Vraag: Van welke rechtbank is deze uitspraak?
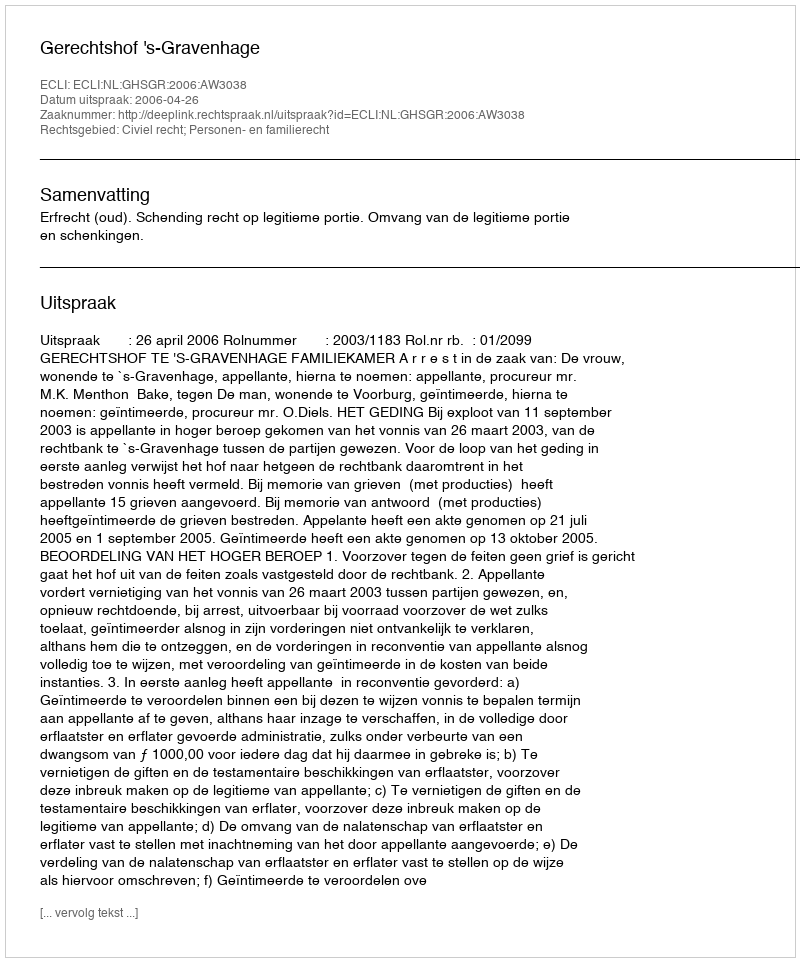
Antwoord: Gerechtshof 's-Gravenhage